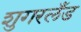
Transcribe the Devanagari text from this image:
शुगरलँड